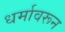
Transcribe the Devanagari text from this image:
धर्मावरून